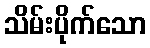
သိမ်းပိုက်သော